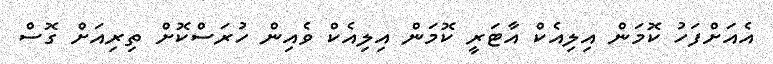
އެއަށްފަހު ކޮމަން އިލިއެކް އާޓަރީ ކޮމަން އިލިއެކް ވެއިން ހުރަސްކޮށް ތިރިއަށް ގޮސް